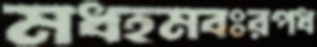
মধহমবঃরপধ